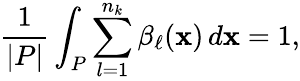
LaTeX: \frac{1}{|P|}\int_{P}\sum_{l=1}^{n_{k}}\beta_{\ell}(\mathbf{x})\, d\mathbf{x}=1,